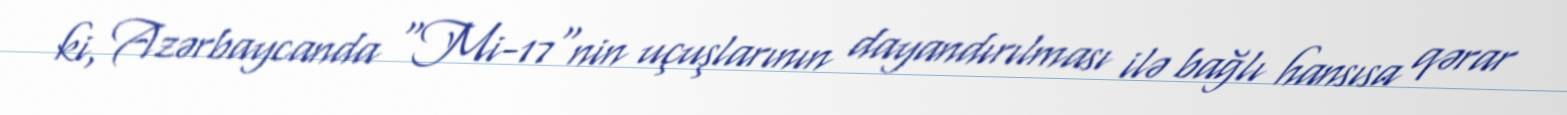
ki, Azərbaycanda “Mi-17"nin uçuşlarının dayandırılması ilə bağlı hansısa qərar